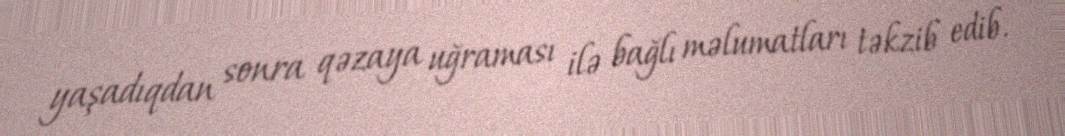
yaşadıqdan sonra qəzaya uğraması ilə bağlı məlumatları təkzib edib.